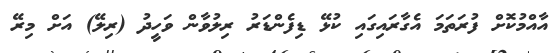
އާއްމުކޮށް ފުރަތަމަ އެގާރައިގައި ކުޅޭ ޑިފެންޑަރު ރިލުވާން ވަހީދު (ރިލޭ) އަށް މިރޭ